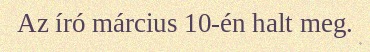
Az író március 10-én halt meg.